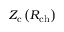
Z _ { \mathrm { c } } \left( R _ { \mathrm { c h } } \right)